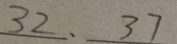
3 2 、 3 7